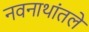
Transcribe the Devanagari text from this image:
नवनाथांतले